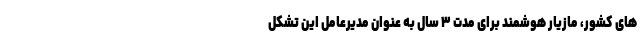
های کشور، مازیار هوشمند برای مدت ۳ سال به عنوان مدیرعامل این تشکل